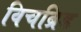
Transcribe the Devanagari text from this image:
विचब्रिड